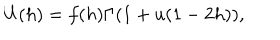
U ( h ) = f ( h ) \Gamma ( 1 + u ( 1 - 2 h ) ) ,